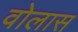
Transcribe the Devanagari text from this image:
वोलास